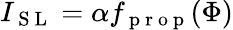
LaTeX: I_{\mathrm{~S~L~}}=\alpha f_{\mathrm{~p~r~o~p~}}(\Phi)